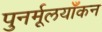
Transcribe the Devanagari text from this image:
पुनर्मूलयाँकन